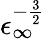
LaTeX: \epsilon_{\infty}^{-\frac{3}{2}}